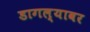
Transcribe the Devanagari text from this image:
डागल्यावर